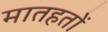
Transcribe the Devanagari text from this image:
मातहतों